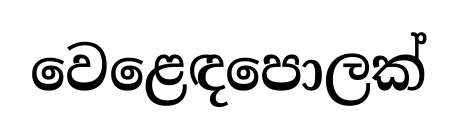
වෙළෙඳපොලක්